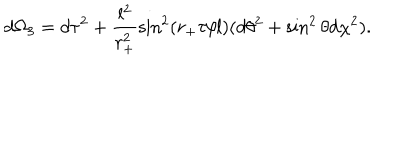
d \Omega _ { 3 } = d \tau ^ { 2 } + \frac { l ^ { 2 } } { r _ { + } ^ { 2 } } \sin ^ { 2 } ( r _ { + } \tau / l ) ( d \theta ^ { 2 } + \sin ^ { 2 } \theta d \chi ^ { 2 } ) .